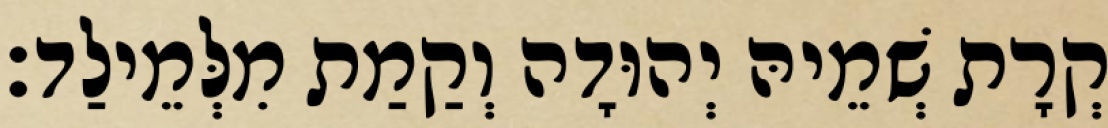
קְרָת שְׁמֵיהּ יְהוּדָה וְקַמַת מִלְּמֵילַד׃